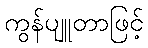
ကွန်ပျူတာဖြင့်